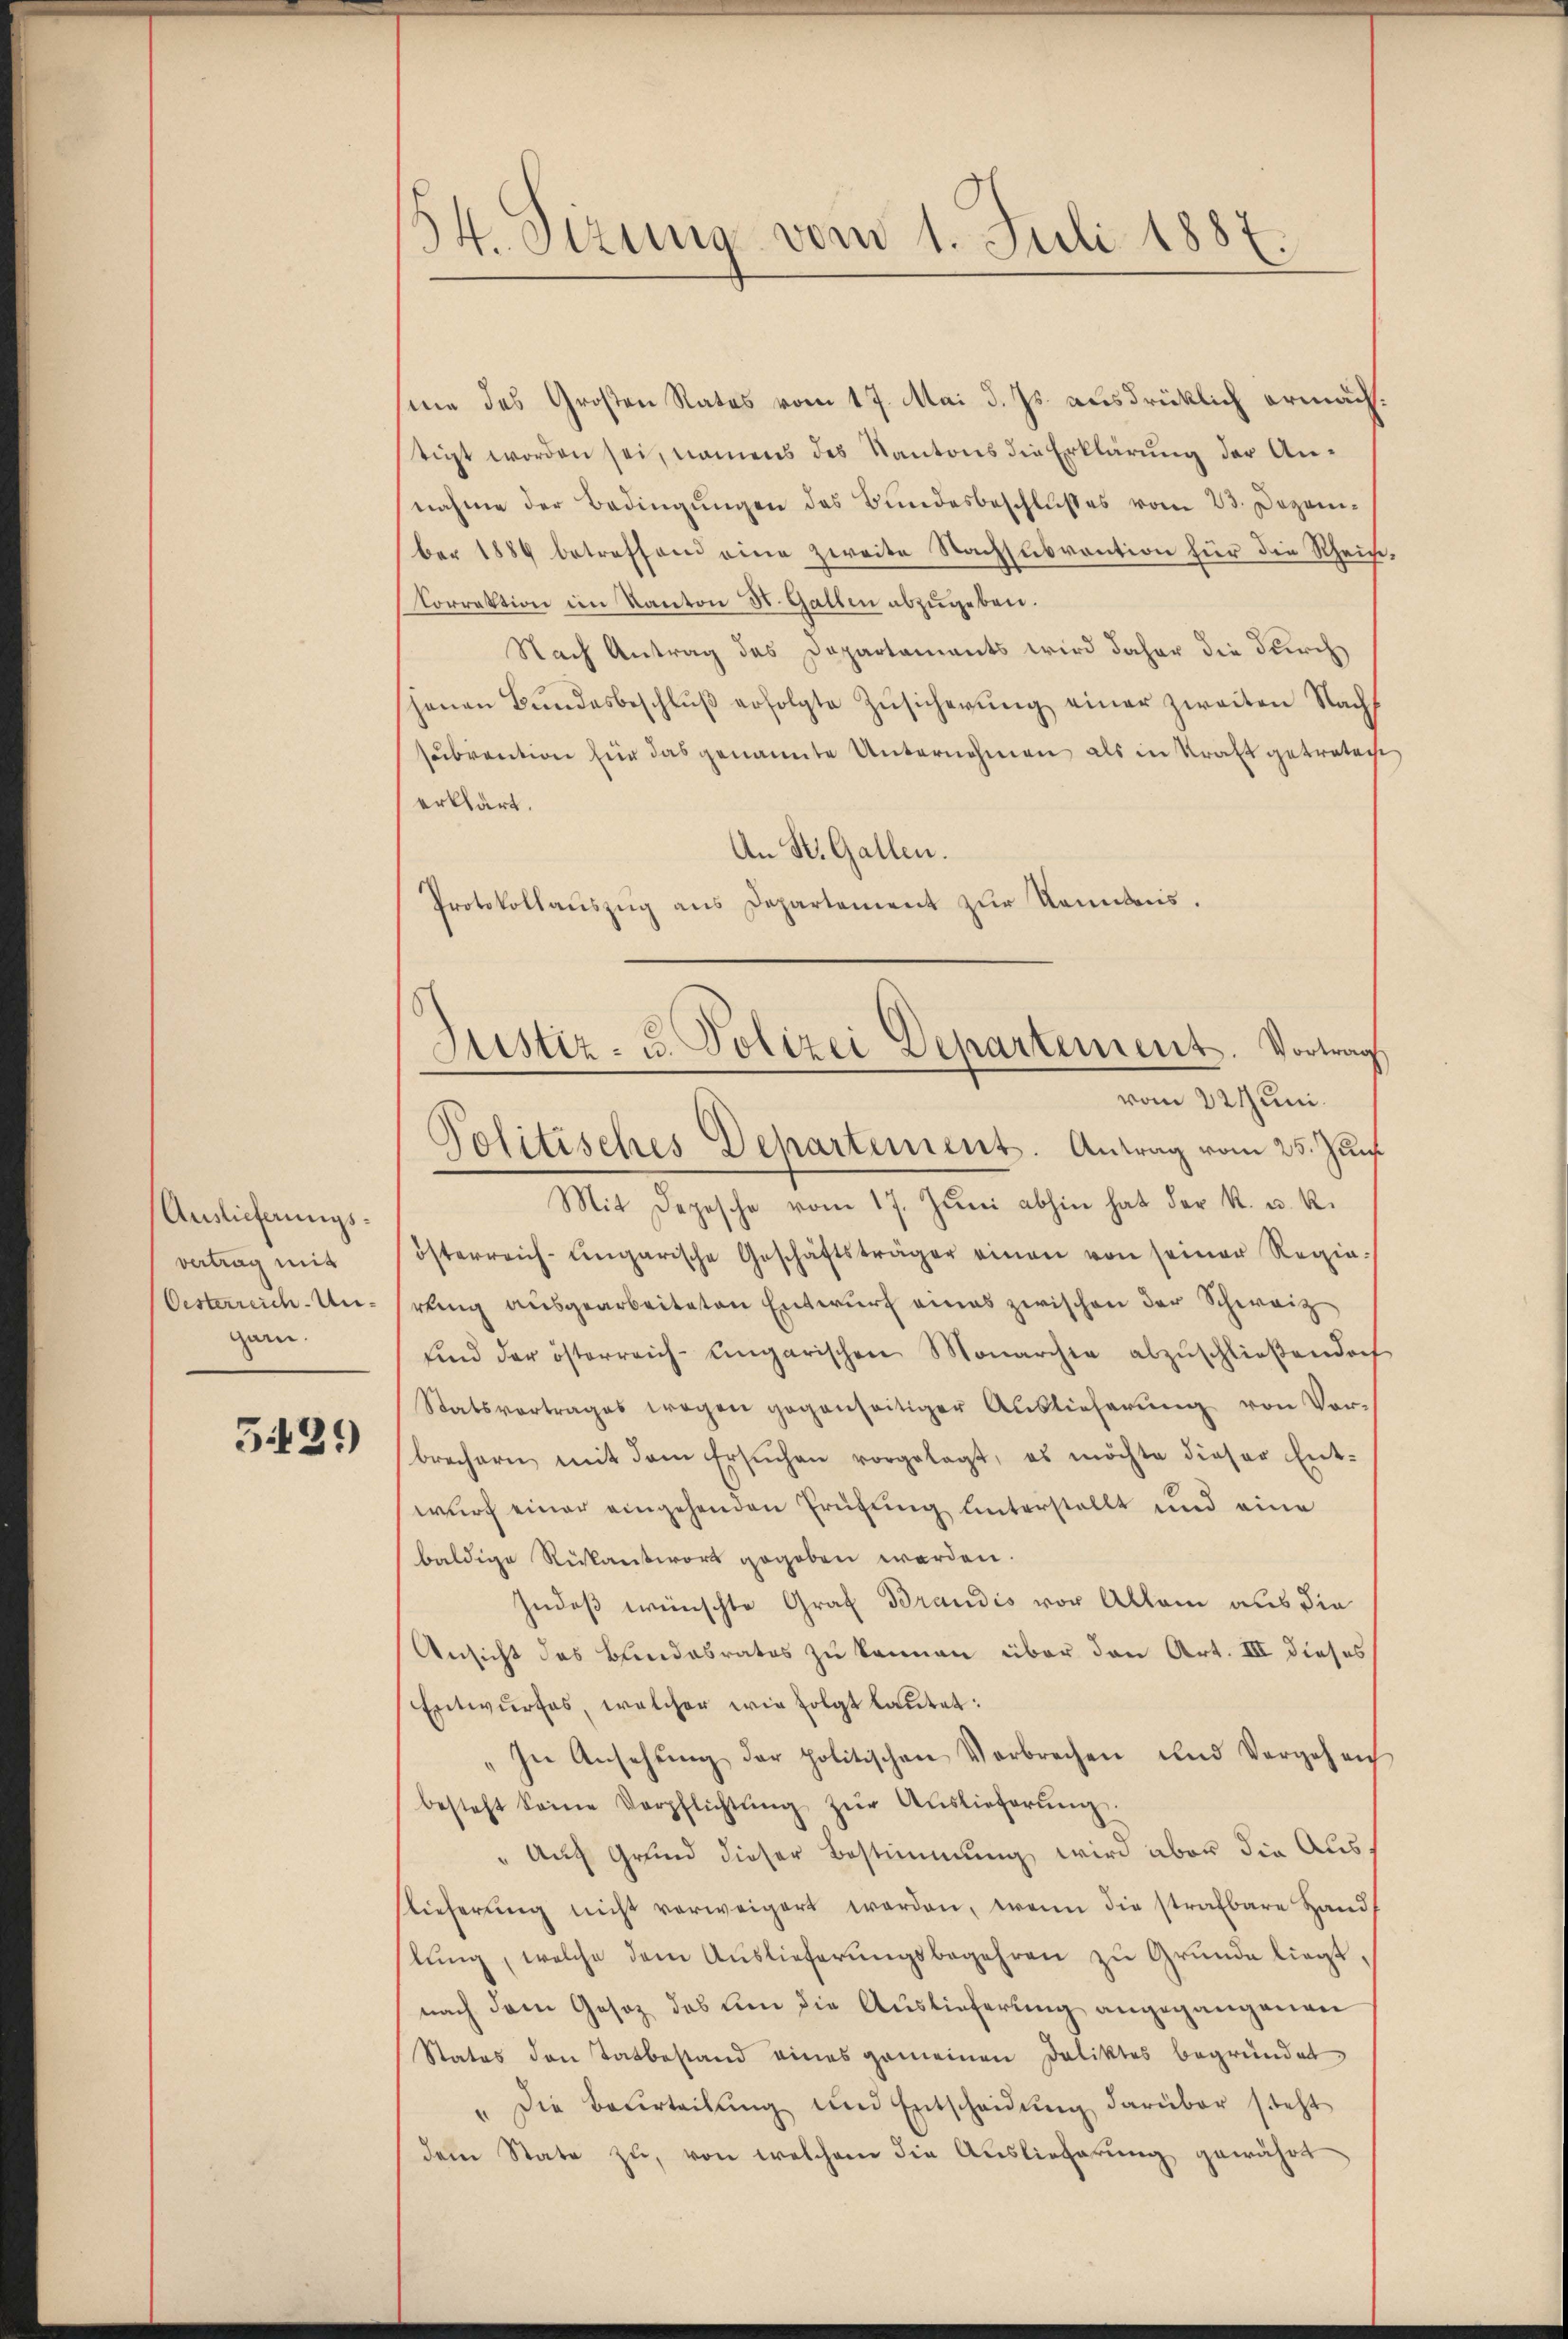
Auslieferungsvertrag mit
Oesterreich-Ungan.

5439

34. Sizung vom 1. Juli 1881.

me des Großen Rates vom 17. Mai d. Js. ausdrücklich ermächstigt worden sei, namens des Kantons die Erklärung der Annahme der Bedingungen des Bundesbeschlußes vom 23. Dezember 1889 betreffend eine zweite Nachsubvention für die Rhein-
Correktion im Kanton St. Gallen abzugeben.
Nach Antrag des Departaments wird daher die durch
jenen Bŭndesbeschlŭβ erfolgte Zŭsicherŭng einer zweiten Nach
subvention für das genannte Unternehmen als in Kraft getretent
erklärt.
An St. Gallen.
Protokollaŭszŭg ans Departement zur Kenntes.
Mit Depesche vom 17. Jŭni abhin hat der k. u. k.
österreich-ungarische Geschäftsträger einen von seiner Regia-
rung ausgearbeiteten Entwurf eines zwischen der Schweiz
sind der österreich-ungarischen Monarchia abzŭschlieβendoch
Statsvertrages wegen gegenseitiger Auslieferŭng von Vor-
brechern mit dem Ersuchen vorgelegt, es möchte dieser Ent-
wurf einer eingehenden Prüfung unterstellt und eine
baldige Rükantwort gegeben werden.
Indeß wünschte Graf Brandis vor Allem aus die
Ansicht des Bundesrates zu können über den Art. III dieses
Entwurfes, welcher wie folgt lautet:
" In Ansehŭng der politischen Verbrechen und Vergehen
besteht seine Verpflichtŭng zŭr Aŭslieferŭng.
" Auch Grund dieser Bestimmung wird aber die Aus¬
Lieferung nicht verweigert worden, wenn die strafbare Hand
lŭng, welche dem Aŭslieferŭngsbegehren zŭ Grŭnde liegt.
nach dem Gesez des um die Auslieferung angegangenen
Status den Tatbestand eines gemeinen Deliktes begründet
" Die Beurteilŭng und Entscheidŭng darüber steht
dem State zu, von welchem die Auslieferung gewährt

Justiz- u. Polizei Departement. Vortrag,
vom 22 Juni.
Politisches Departement. Antrag vom 25. Juni